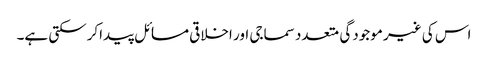
اس کی غیر موجودگی متعدد سماجی اور اخلاقی مسائل پیداکرسکتی ہے۔